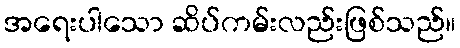
အရေးပါသော ဆိပ်ကမ်းလည်းဖြစ်သည်။